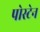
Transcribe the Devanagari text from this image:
पोस्टेन